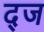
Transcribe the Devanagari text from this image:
द्ज